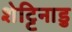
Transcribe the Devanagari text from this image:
शेट्टिनाडु